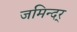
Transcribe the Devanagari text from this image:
जमिन्दर्